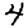
Digit: 4